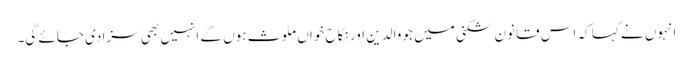
انہوں نے کہا کہ اس قانون شکنی میں جو والدین اور نکاح خواں ملوث ہوں گے انہیں بھی سزا دی جائے گی۔